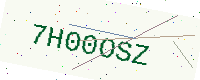
Text: 7H00OSZ